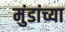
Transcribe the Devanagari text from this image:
मुंडांच्या